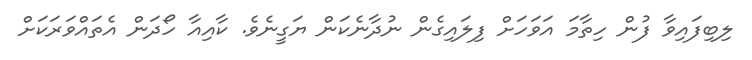
ލިބިފައިވާ ފުން ހިތާމަ އަވަހަށް ފިލައިގެން ނުދާނެކަން ޔަގީނެވެ. ކާއިއާ ހޯދަން އެތައްވަރަކަށް